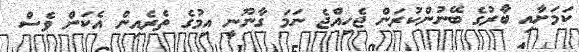
ކަމަށާއި ބާރުގެ ބޭނުންކުރަން ޖެހިއްޖެ ނަމަ ގާނޫނީ އިމުގެ ތެރެއިން އެކަން ވެސް